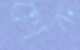
হোক